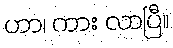
ဟာ၊ ကား လာပြီ။